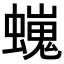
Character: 𧑵